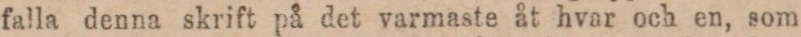
falla denna skrift på det varmaste åt hvar och en, som